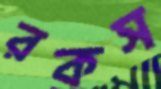
রকস